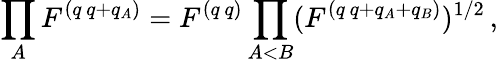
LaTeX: \prod_{A}F^{(q\, q+q_{A})}=F^{(q\, q)}\prod_{A<B}(F^{(q\, q+q_{A}+q_{B})})^{1/2}\, ,